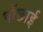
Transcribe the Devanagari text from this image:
पोंछाई